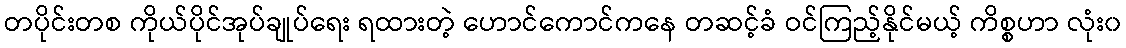
တပိုင်းတစ ကိုယ်ပိုင်အုပ်ချုပ်ရေး ရထားတဲ့ ဟောင်ကောင်ကနေ တဆင့်ခံ ဝင်ကြည့်နိုင်မယ့် ကိစ္စဟာ လုံး၀